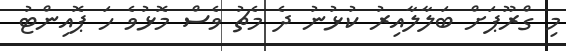
މި ގްރޫޕަށް ބަލާލާއިރު ކުޅުނު ދެ މެޗު ވެސް މޮޅުވެ ހަ ޕޮއިންޓު